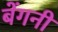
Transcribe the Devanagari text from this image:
बेंगनी